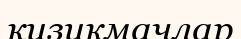
кизикмачлар